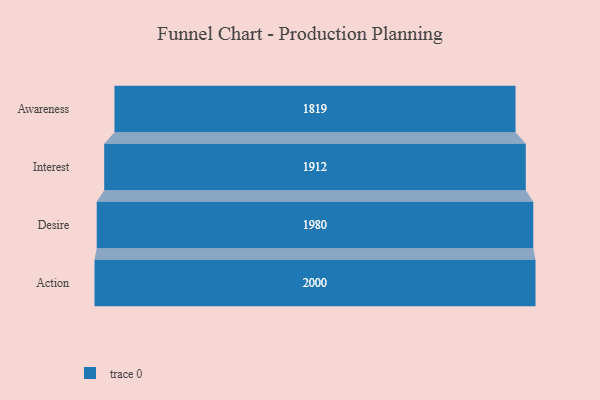
{"axis": {"x": "Stage", "y": "Value"}, "legend": [""], "data": [{"x": "Awareness", "y": 1819.0, "type": ""}, {"x": "Interest", "y": 1912.0, "type": ""}, {"x": "Desire", "y": 1980.0, "type": ""}, {"x": "Action", "y": 2000, "type": ""}]}